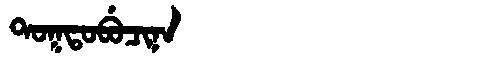
Manchu: ᡨᠣᡴᡨᠣᠪᡠᠴᡳᠨᠠ
Romanization: TOKTOBUCINA